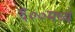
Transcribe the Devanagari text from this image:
६००मध्ये